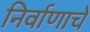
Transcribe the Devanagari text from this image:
निर्वाणाचे